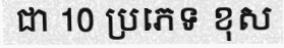
ជា 10 ប្រភេទ ខុស